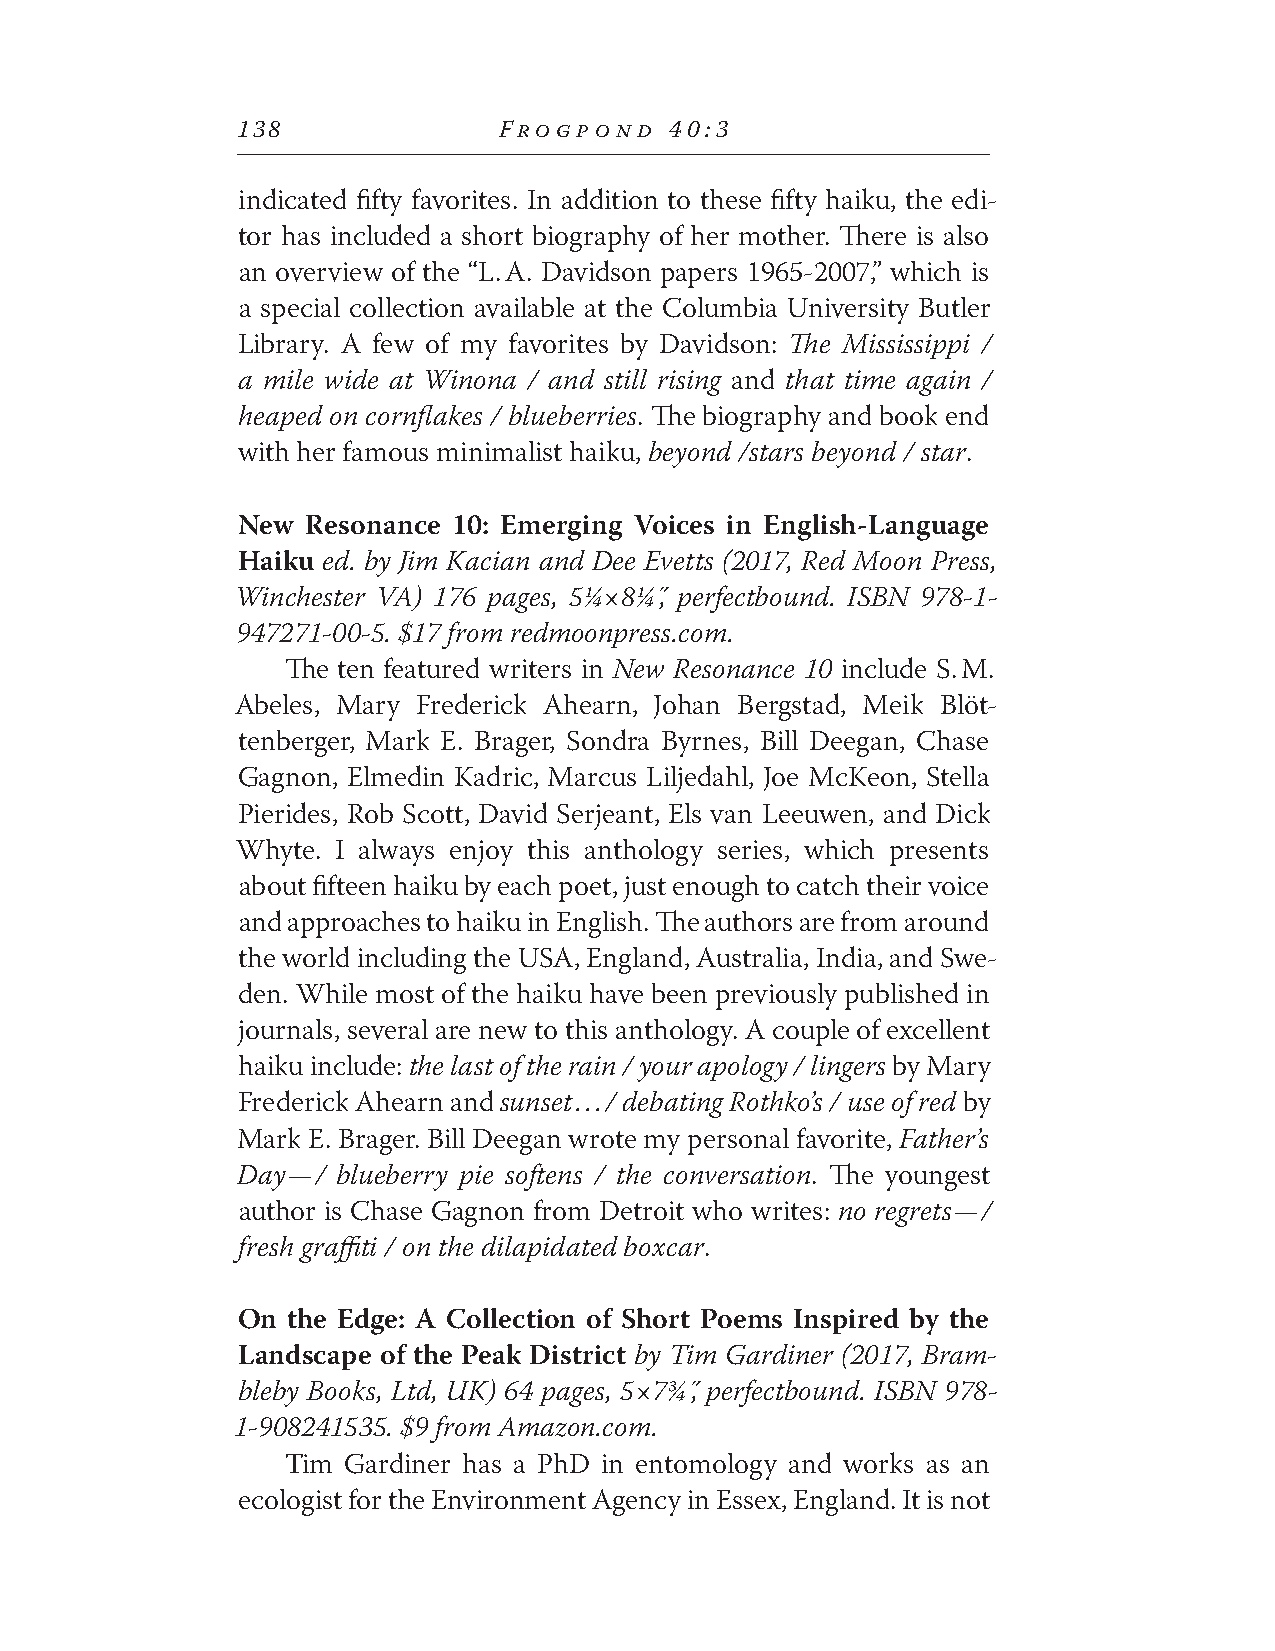
138              FROGPOND   40:3
 indicated fifty favorites. In addition to these fifty haiku, the edi-
 tor has included a short biography of her mother. There is also
 an overview of the “L.A. Davidson papers 1965-2007,” which is
 a special collection available at the Columbia University Butler
 Library. A few of my favorites by Davidson: The Mississippi /
 a mile wide at Winona / and still rising and that time again /
 heaped on cornflakes / blueberries. The biography and book end
 with her famous minimalist haiku, beyond /stars beyond / star.
 New Resonance 10: Emerging Voices in English-Language
 Haiku ed. by Jim Kacian and Dee Evetts (2017, Red Moon Press,
 Winchester VA) 176 pages, 5¼×8¼˝, perfectbound. ISBN 978-1-
 947271-00-5. $17 from redmoonpress.com.
 The ten featured writers in New Resonance 10 include S.M.
 Abeles, Mary Frederick Ahearn, Johan Bergstad, Meik Blöt-
 tenberger, Mark E. Brager, Sondra Byrnes, Bill Deegan, Chase
 Gagnon, Elmedin Kadric, Marcus Liljedahl, Joe McKeon, Stella
 Pierides, Rob Scott, David Serjeant, Els van Leeuwen, and Dick
 Whyte. I always enjoy this anthology series, which presents
 about fifteen haiku by each poet, just enough to catch their voice
 and approaches to haiku in English. The authors are from around
 the world including the USA, England, Australia, India, and Swe-
 den. While most of the haiku have been previously published in
 journals, several are new to this anthology. A couple of excellent
 haiku include: the last of the rain / your apology / lingers by Mary
 Frederick Ahearn and sunset . . . / debating Rothko’s / use of red by
 Mark E. Brager. Bill Deegan wrote my personal favorite, Father’s
 Day — / blueberry pie softens / the conversation. The youngest
 author is Chase Gagnon from Detroit who writes: no regrets — /
 fresh graffiti / on the dilapidated boxcar.
 On the Edge: A Collection of Short Poems Inspired by the
 Landscape of the Peak District by Tim Gardiner (2017, Bram-
 bleby Books, Ltd, UK) 64 pages, 5×7¾˝, perfectbound. ISBN 978-
 1-908241535. $9 from Amazon.com.
 Tim Gardiner has a PhD in entomology and works as an
 ecologist for the Environment Agency in Essex, England. It is not